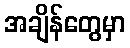
အချိန်တွေမှာ